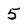
Character: 5